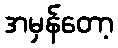
အမှန်တော့